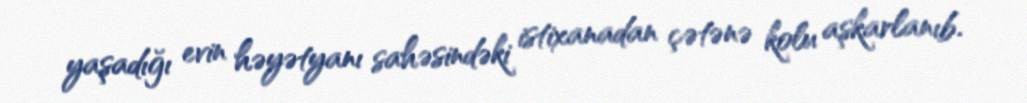
yaşadığı evin həyətyanı sahəsindəki istixanadan çətənə kolu aşkarlanıb.